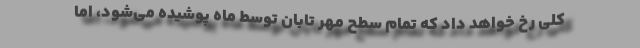
کلی رخ خواهد داد که تمام سطح مهر تابان توسط ماه پوشیده می‌شود، اما